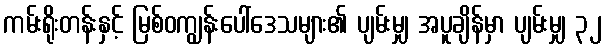
ကမ်းရိုးတန်းနှင့် မြစ်ဝကျွန်းပေါ်ဒေသများ၏ ပျမ်းမျှ အပူချိန်မှာ ပျမ်းမျှ ၃၂